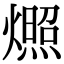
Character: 燳